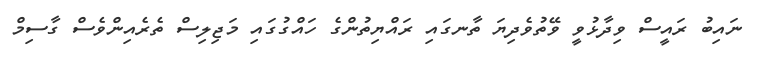
ނައިބު ރައީސް ވިދާޅުވީ ވޭތުވެދިޔަ ތާނގައި ރައްޔިތުންގެ ހައްގުގައި މަޖިލިސް ތެރެއިންވެސް ގާސިމް